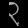
Digit: ၃